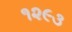
૧૨૯૩